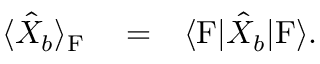
\begin{array} { r l r } { \langle \hat { X } _ { b } \rangle _ { \mathrm { F } } } & { { } = } & { \langle \mathrm { F } | \hat { X } _ { b } | \mathrm { F } \rangle . } \end{array}